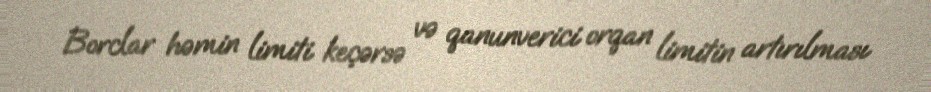
Borclar həmin limiti keçərsə və qanunverici orqan limitin artırılması